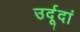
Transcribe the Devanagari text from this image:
उर्दूदां